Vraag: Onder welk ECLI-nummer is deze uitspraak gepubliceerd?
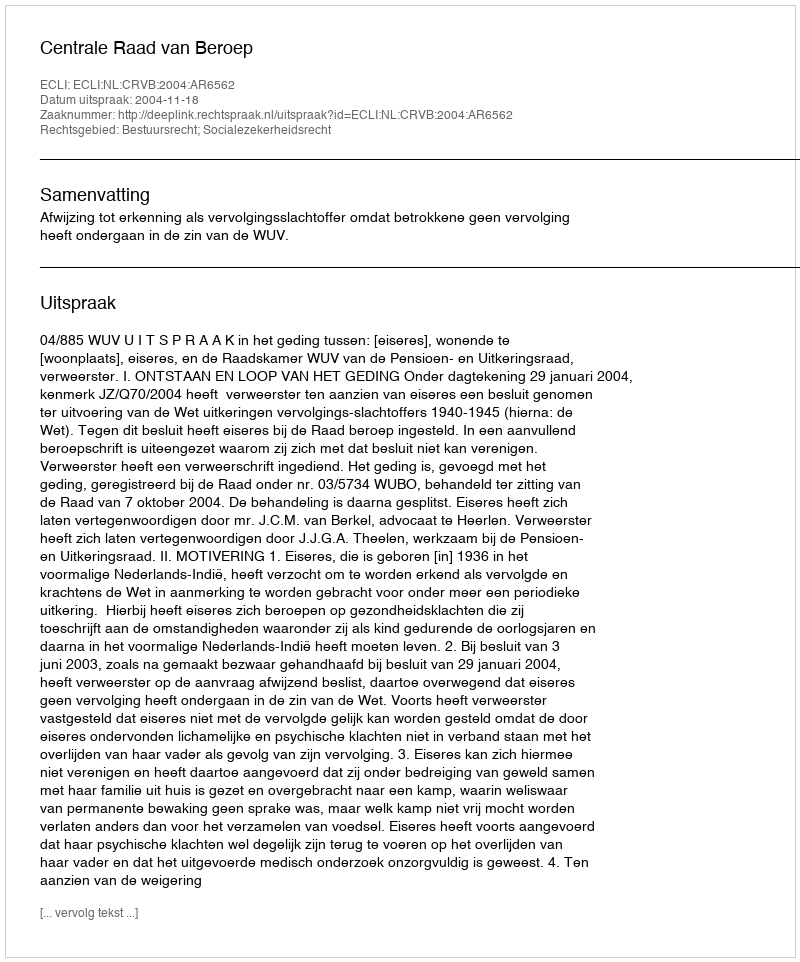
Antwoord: ECLI:NL:CRVB:2004:AR6562